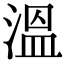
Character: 溫